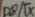
Text: D8/TX